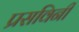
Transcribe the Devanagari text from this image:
प्रसविनी